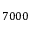
7 0 0 0